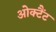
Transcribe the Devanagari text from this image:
ओक्टैंट